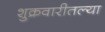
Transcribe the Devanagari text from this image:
शुक्रवारीतल्या